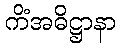
ကိံအဓိဋ္ဌာနာ